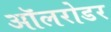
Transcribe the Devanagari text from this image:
ऑलरोडर